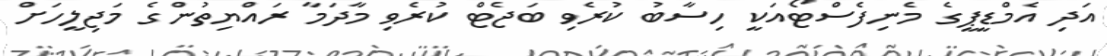
އަދި އެމްޑީޕީގެ މެނިފެސްޓޯއަކީ ހިސާބު ކުރެވި ބަޖެޓް ކުރެވި މާދަމާ ރައްޔިތުންގެ މަޖިލީހަށް